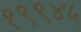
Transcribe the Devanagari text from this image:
१९९४५